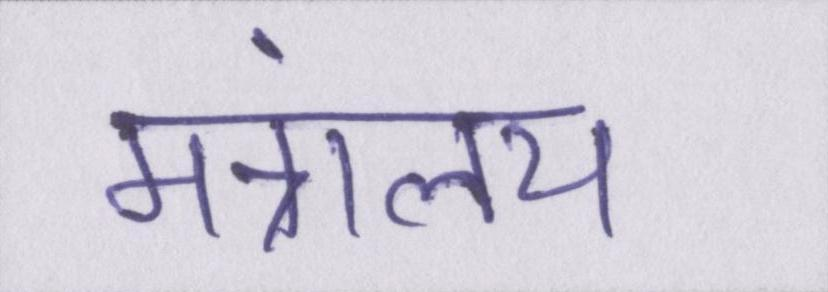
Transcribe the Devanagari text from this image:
मंत्रालय